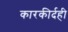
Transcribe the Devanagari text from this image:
कारकीर्दही